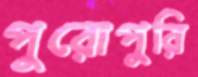
পুরোপুরি